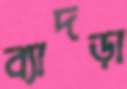
ব্যাদড়া